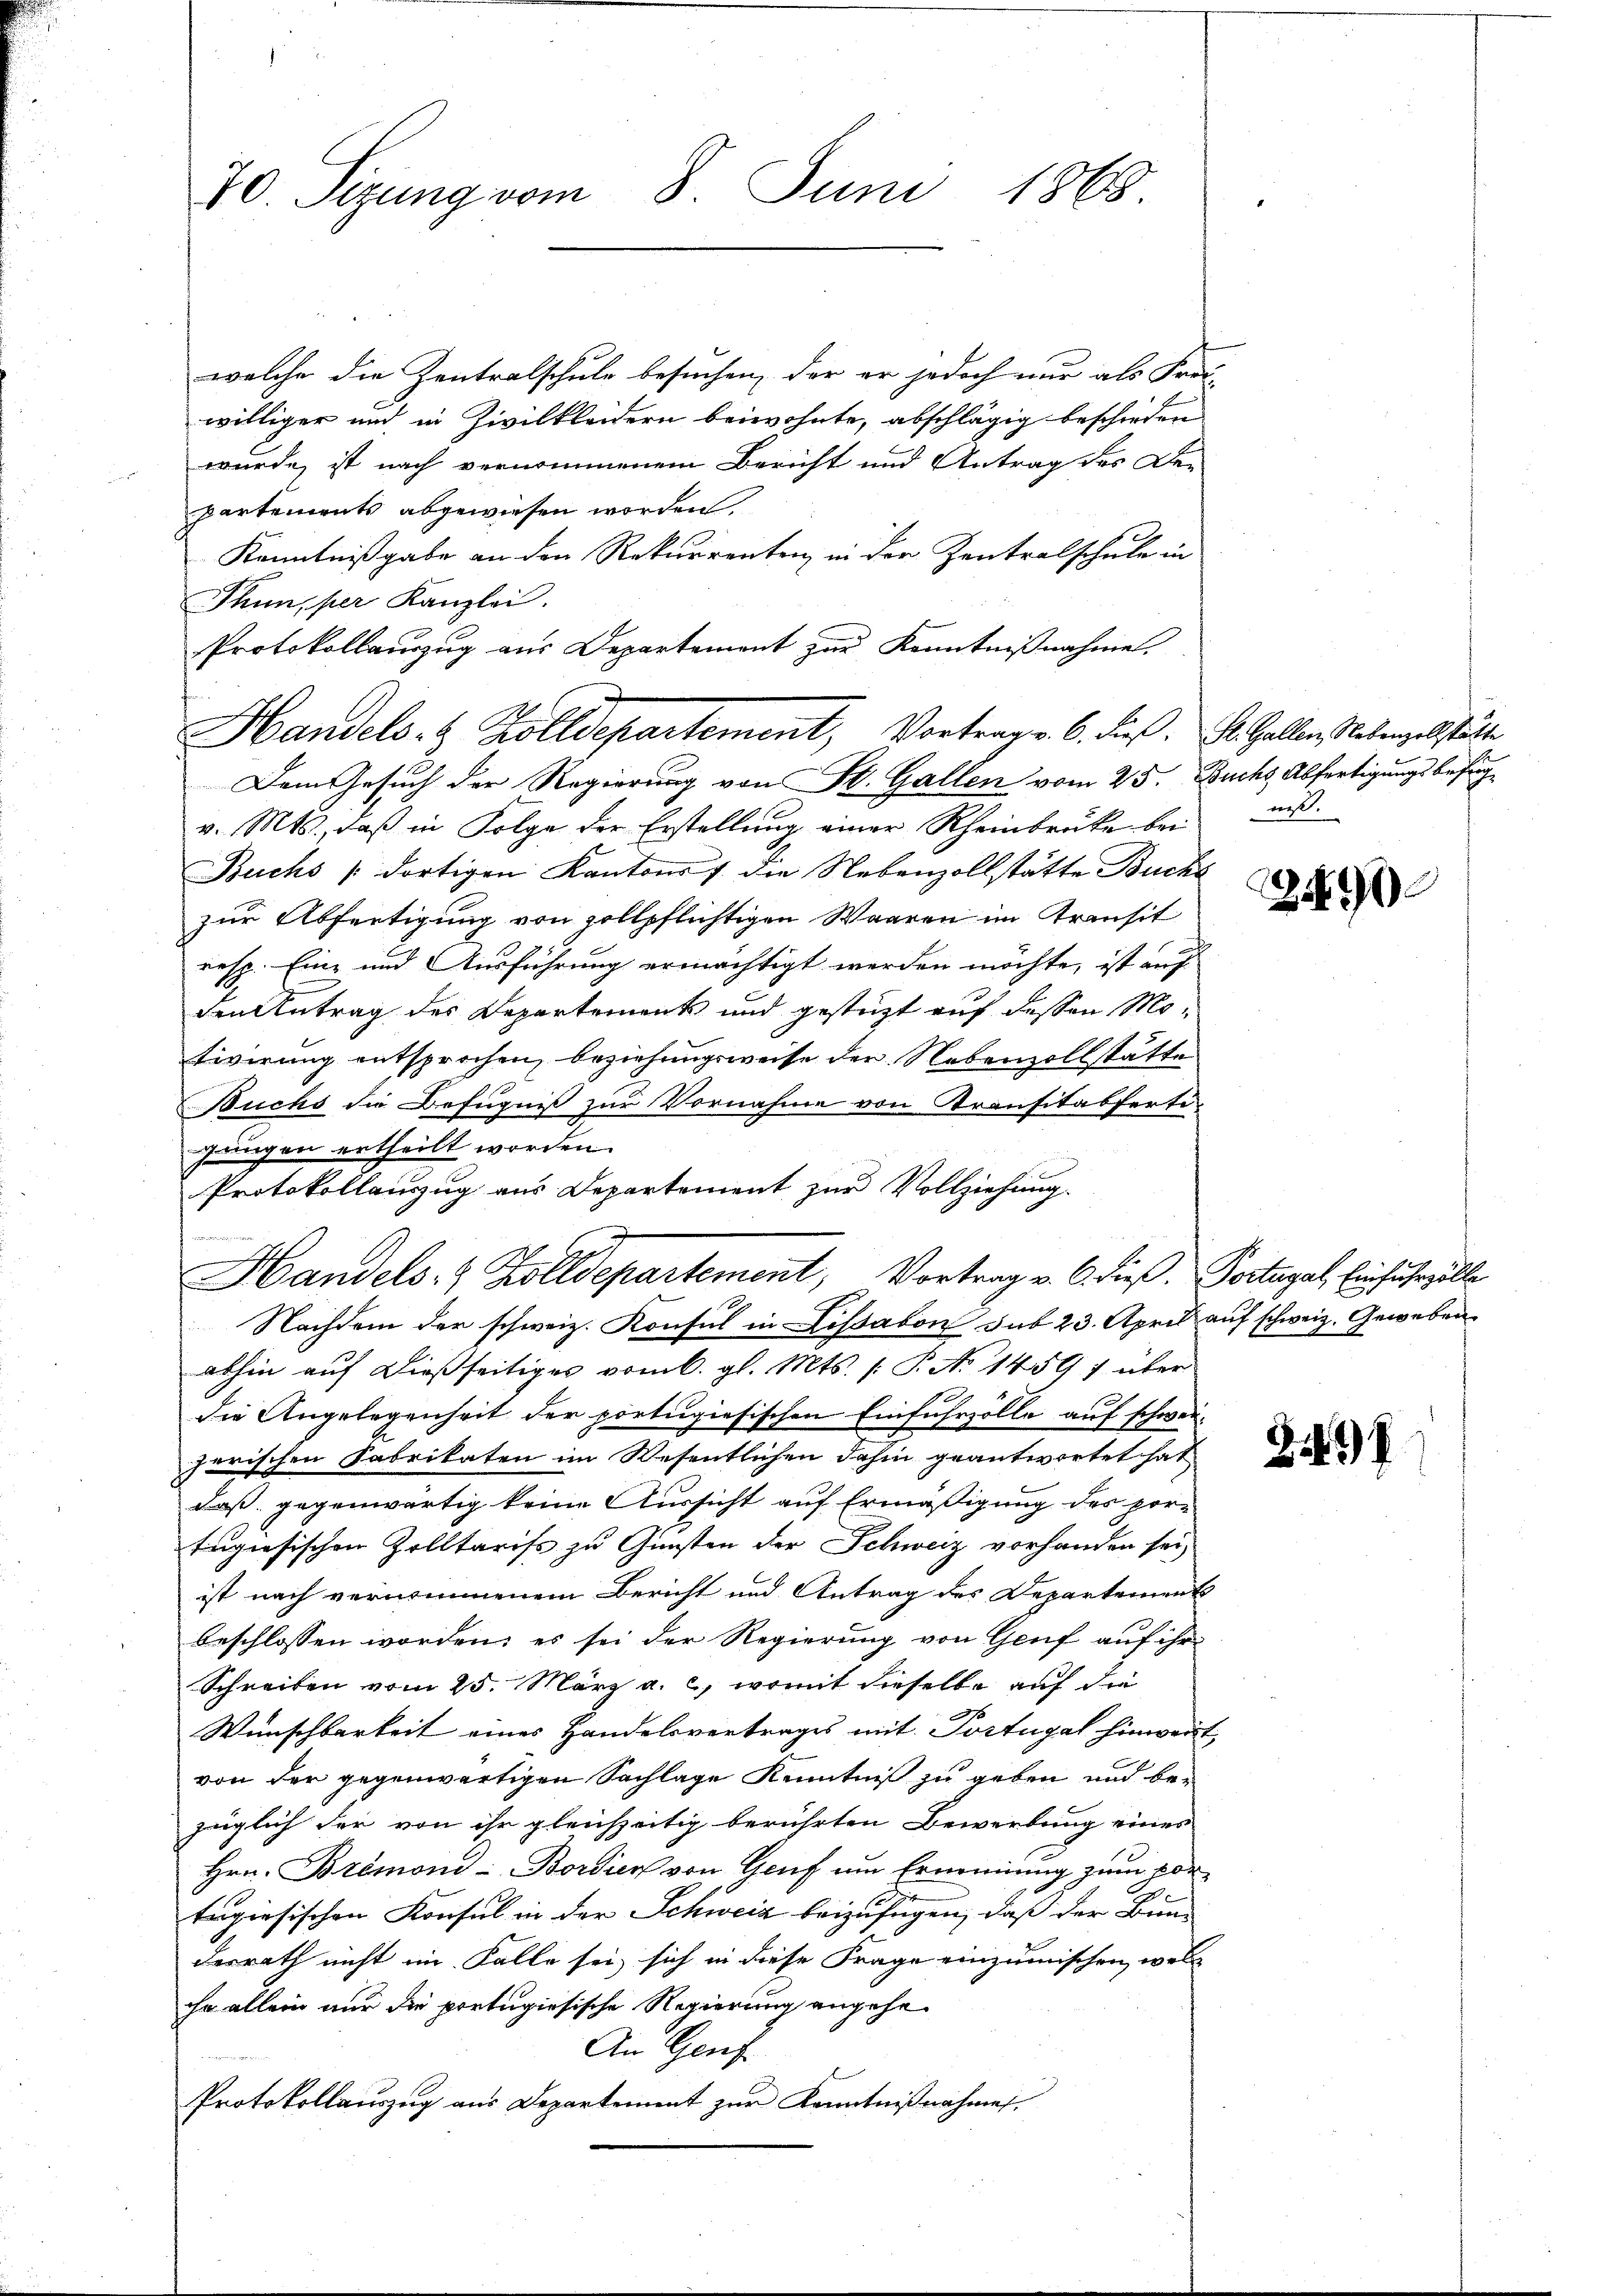
70. Sizung vom 8. Juni 1868.

welche die Zentralschule besuchen, der er jedoch nur als Frei-
williger und in Zivilkleidern beiwohnte, abschlägig beschieden
wurde ist nach vernommenem Bericht und Antrag des Der
partements abgewiesen worden.
Kenntnißgabe an den Rekurrenten in der Zentralschule in
Thun, per Kanzlei.
Protokollauszug aus Departement zur Kenntnißnahme
Dem Gesuch der Regierung von St. Gallen vom 25. Buchs Abfertigungsbefug
v. Mts., daß in Folge der Erstellung einer Rheinbrücke bei aus
Buchs dortigen Kantons 7 die Nebenzollstätte Buchs
zur Abfertigung von zollpflichtigen Waaren im Transit
resp. Eine und Ausführung ermächtigt werden möchte, ist auf
den Antrag des Departements und gestützt auf dessen Motivirung entsprochen, beziehungsweise der Nebenzollstätte
Buchs die Befugniß zur Vornahme von Transitabferti-
gungen ertheilt worden.
Nachdem der schweiz. Konsul in Lissabon sub 23. April auf schweiz. Geweben
abhin auf dießseitiges vom 6. gl. Mts. (: P. No 1459) über
die Angelegenheit der portugiesischen Einfuhrzölle auf schweizerischen Fabrikaten im Wesentlichen dahin geantwortet hat
daß. gegenwärtig keine Aussicht auf Ermäßigung des por-
tugisischen Zolltariss zu Gunsten der Schweiz vorhanden sei,
ist nach vernommenem Bericht und Antrag des Departement
beschlossen worden; es sei der Regierung von Genf auf ihr
Schreiben vom 25. März a. c., womit dieselbe auf die
Wünschbarkeit eines Handelsvertrages mit Portugal hinwert
von der gegenwärtigen Sachlage Kenntniß zu geben und bezäiglich der von ihr gleichzeitig berührten Bewerbung eines
Hrn. Bozémond-Bordiens von Genf um Ernennung zum von
A
tugisischen Konsul in der Schweiz beizufügen, daß der Bun-
desrath nicht im Falle sei sich in diese Frage einzumischen woll
ihr allein nur die portugiesische Regierung angehe.
An Genf
Protokollauszug aus Departement zur Kenntnißnahme

Handels- & Zolldepartement, Vortrag v. 6. dieß. St. Gallen Nebenzel hätte

Protokollauszug aus Departement zur Vollziehung
Handels- & Zolldepartement, Vortrag v. 6. dieß. Portugal, Einfuhrzölle

24900

)